Civil Veterinary Department ledger series I-VI
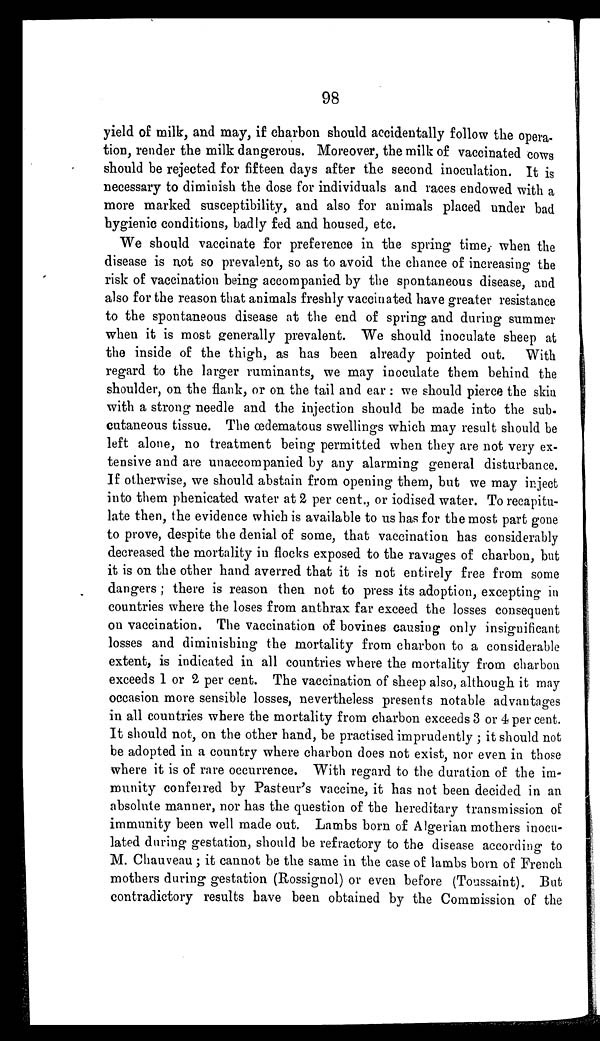
98
yield of milk, and may, if charbon should accidentally follow the opera-
tion, render the milk dangerous. Moreover, the milk of vaccinated cows
should be rejected for fifteen days after the second inoculation. It is
necessary to diminish the dose for individuals and races endowed with a
more marked susceptibility, and also for animals placed under bad
hygienic conditions, badly fed and housed, etc.
We should vaccinate for preference in the spring time, when the
disease is not so prevalent, so as to avoid the chance of increasing the
risk of vaccination being accompanied by the spontaneous disease, and
also for the reason that animals freshly vaccinated have greater resistance
to the spontaneous disease at the end of spring and during summer
when it is most generally prevalent. We should inoculate sheep at
the inside of the thigh, as has been already pointed out. With
regard to the larger ruminants, we may inoculate them behind the
shoulder, on the flank, or on the tail and ear: we should pierce the skin
with a strong needle and the injection should be made into the sub.
cutaneous tissue. The œdematous swellings which may result should be
left alone, no treatment being permitted when they are not very ex-
tensive and are unaccompanied by any alarming general disturbance.
If otherwise, we should abstain from opening them, but we may inject
into them phenicated water at 2 per cent., or iodised water. To recapitu-
late then, the evidence which is available to us has for the most part gone
to prove, despite the denial of some, that vaccination has considerably
decreased the mortality in flocks exposed to the ravages of charbon, but
it is on the other hand averred that it is not entirely free from some
dangers; there is reason then not to press its adoption, excepting in
countries where the loses from anthrax far exceed the losses consequent
on vaccination. The vaccination of bovines causing only insignificant
losses and diminishing the mortality from charbon to a considerable
extent, is indicated in all countries where the mortality from charbon
exceeds 1 or 2 per cent. The vaccination of sheep also, although it may
occasion more sensible losses, nevertheless presents notable advantages
in all countries where the mortality from charbon exceeds 3 or 4 per cent.
It should not, on the other hand, be practised imprudently; it should not
be adopted in a country where charbon does not exist, nor even in those
where it is of rare occurrence. With regard to the duration of the im-
munity conferred by Pasteur's vaccine, it has not been decided in an
absolute manner, nor has the question of the hereditary transmission of
immunity been well made out. Lambs born of Algerian mothers inocu-
lated during gestation, should be refractory to the disease according to
M. Chauveau; it cannot be the same in the case of lambs born of French
mothers during gestation (Rossignol) or even before (Toussaint). But
contradictory results have been obtained by the Commission of the